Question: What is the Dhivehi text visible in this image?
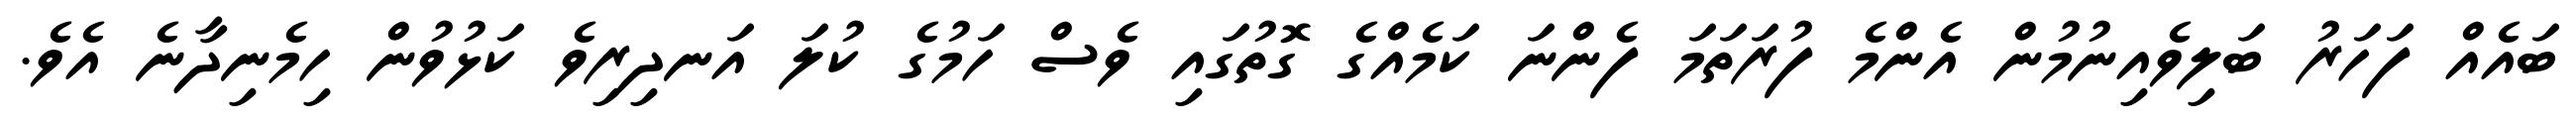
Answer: ބައެއް ފަހަރު ބަލިވެއިނުމުން އެންމެ ފުރަތަމަ ފެންނަ ކަމެއްގެ ގޮތުގައި ވެސް ހަމުގެ ކުލަ އަނދިރިވެ ކަޅުވުން ހިމެނިދާނެ އެވެ.